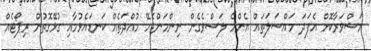
މަޝްވަރާކޮށް އެފަދަ މައްސަލަތައް އެންމެ ލަސްވެގެން ނިންމަންޖެހޭ މުއްދަތެއް ކަނޑައެޅުމާއި ގުޅޭގޮތުން ރިޕޯޓެއް